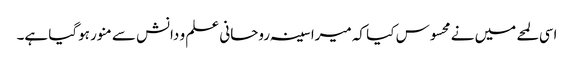
اسی لمحے میں نے محسوس کیا کہ میرا سینہ روحانی علم و دانش سے منور ہوگیا ہے۔